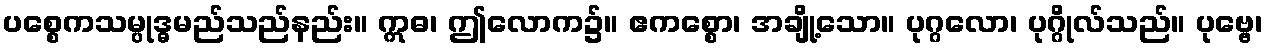
ပစ္စေကသမ္ပုဒ္ဓမည်သည်နည်း။ ဣဓ၊ ဤလောက၌။ ဧကစ္စော၊ အချို့သော။ ပုဂ္ဂလော၊ ပုဂ္ဂိုလ်သည်။ ပုဗ္ဗေ၊